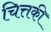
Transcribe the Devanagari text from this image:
चित्तकी